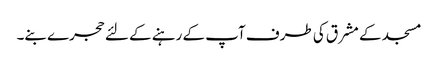
مسجد کے مشرق کی طرف آپ کے رہنے کے لئے حجرے بنے۔